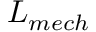
L _ { m e c h }